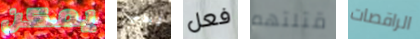
يمكن نحب فعل قتلتهم الراقصات